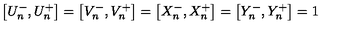
\left[ U _ { n } ^ { - } , U _ { n } ^ { + } \right] = \left[ V _ { n } ^ { - } , V _ { n } ^ { + } \right] = \left[ X _ { n } ^ { - } , X _ { n } ^ { + } \right] = \left[ Y _ { n } ^ { - } , Y _ { n } ^ { + } \right] = 1